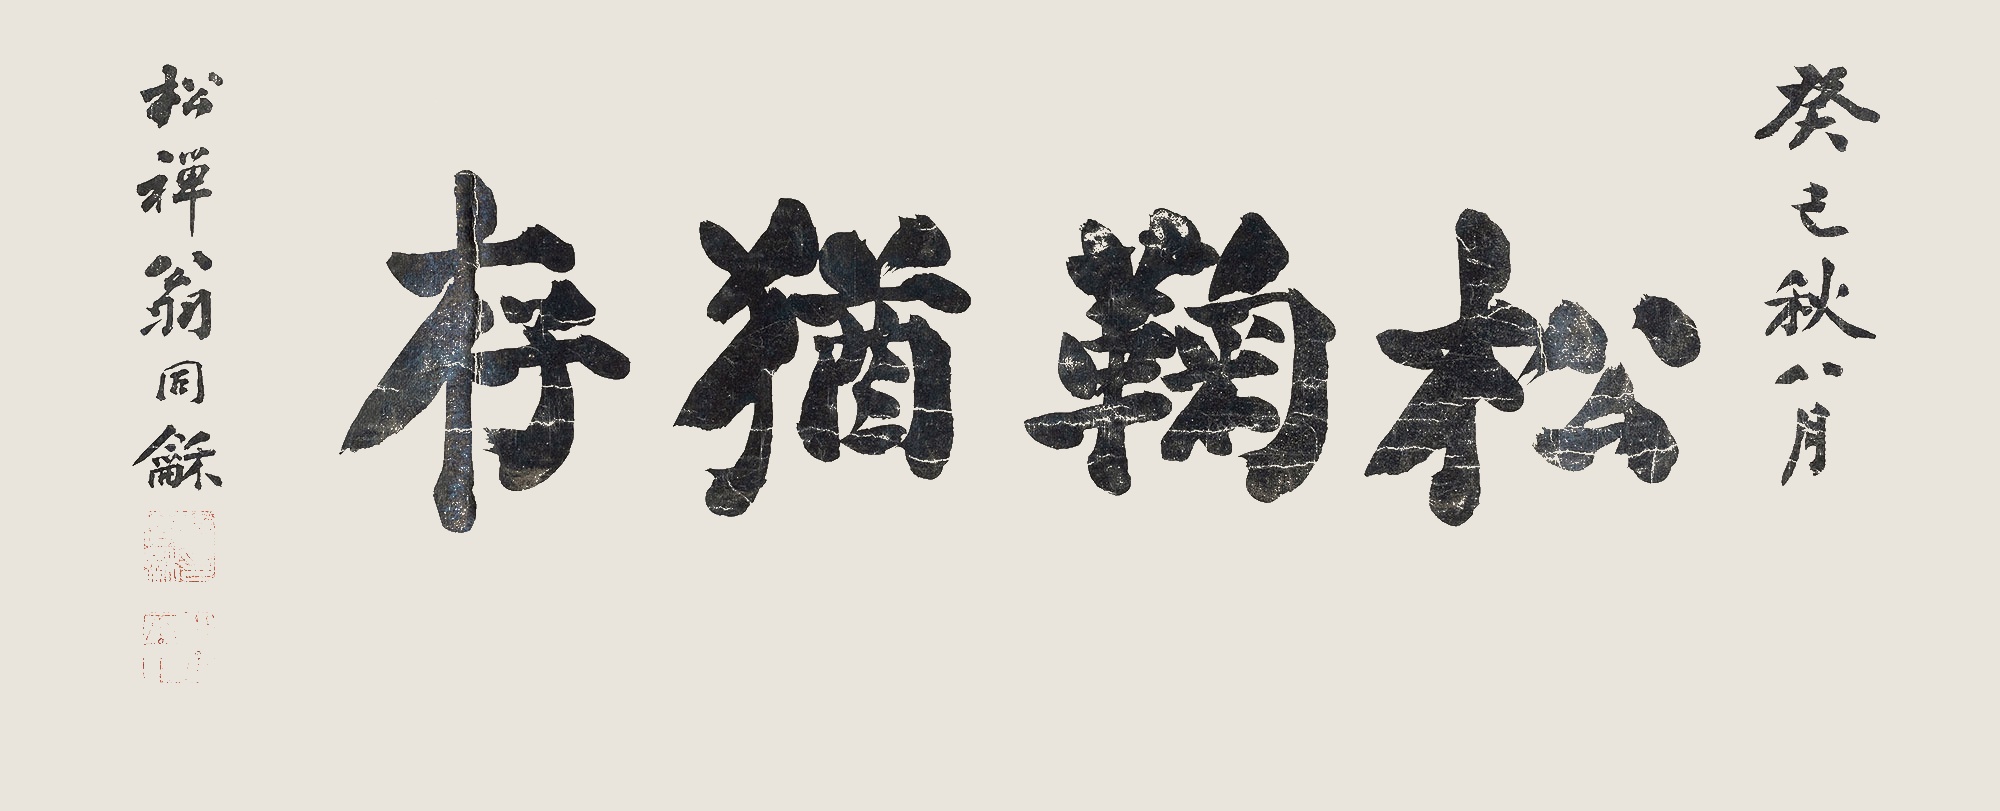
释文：松菊犹存癸巳秋八月。松禅翁同和。